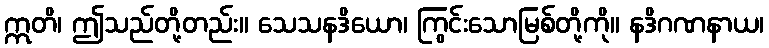
ဣတိ၊ ဤသည်တို့တည်း။ သေသနဒိယော၊ ကြွင်းသောမြစ်တို့ကို။ နဒိဂဏနာယ၊